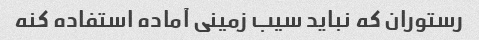
رستوران که نباید سیب زمینی آماده استفاده کنه